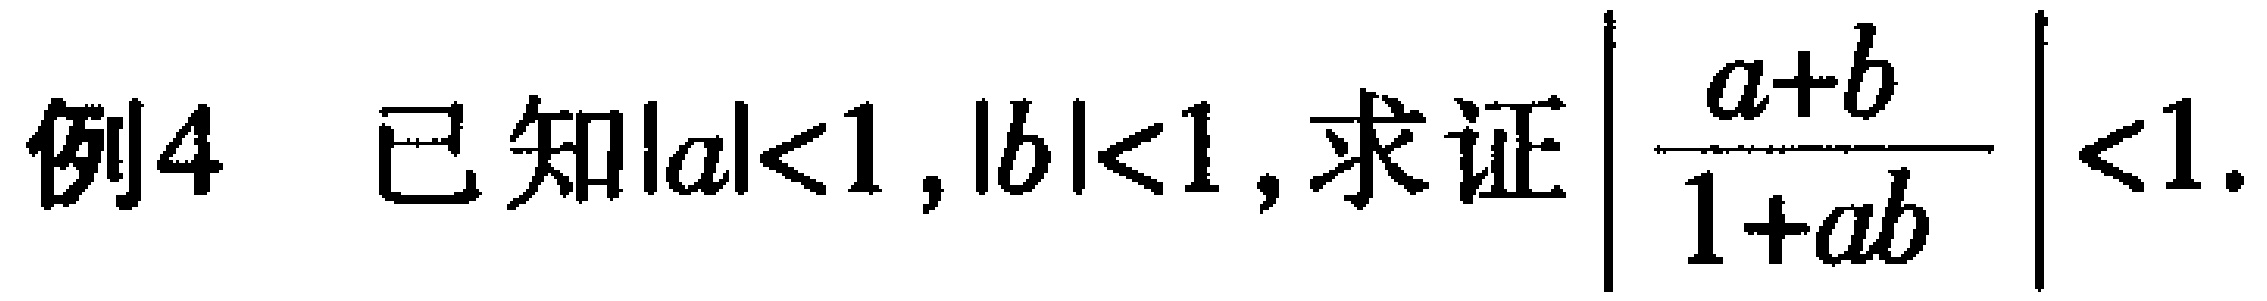
例4 已知\(\vert a\vert<1,\vert b\vert<1\),求证\(\left|\frac{a + b}{1 + ab}\right|<1\).